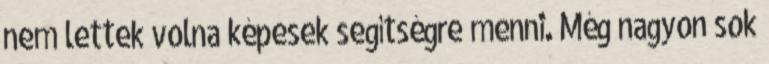
nem lettek volna képesek segítségre menni. Még nagyon sok